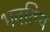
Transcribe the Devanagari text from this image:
भवतिय